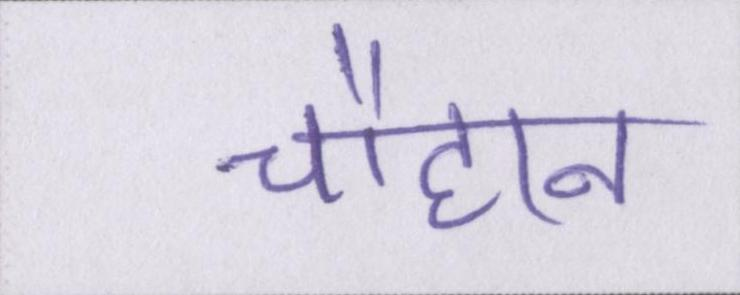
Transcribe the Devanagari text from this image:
चौहान